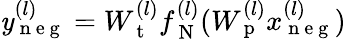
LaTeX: \mathit y_{\mathrm{~n~e~g~}}^{(l)}=W_{\mathrm{~t~}}^{(l)}f_{\mathrm{~N~}}^{(l)}(W_{\mathrm{~p~}}^{(l)}x_{\mathrm{~n~e~g~}}^{(l)})